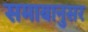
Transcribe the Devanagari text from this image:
समायानुसर